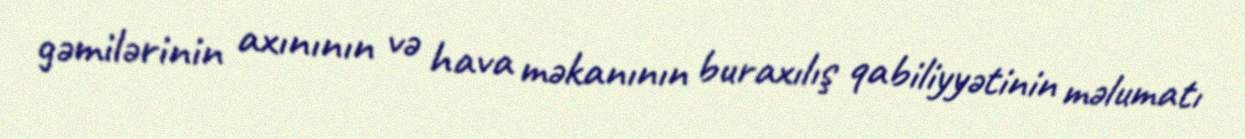
gəmilərinin axınının və hava məkanının buraxılış qabiliyyətinin məlumatı